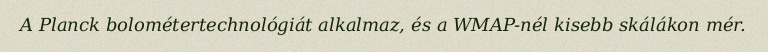
A Planck bolométertechnológiát alkalmaz, és a WMAP-nél kisebb skálákon mér.